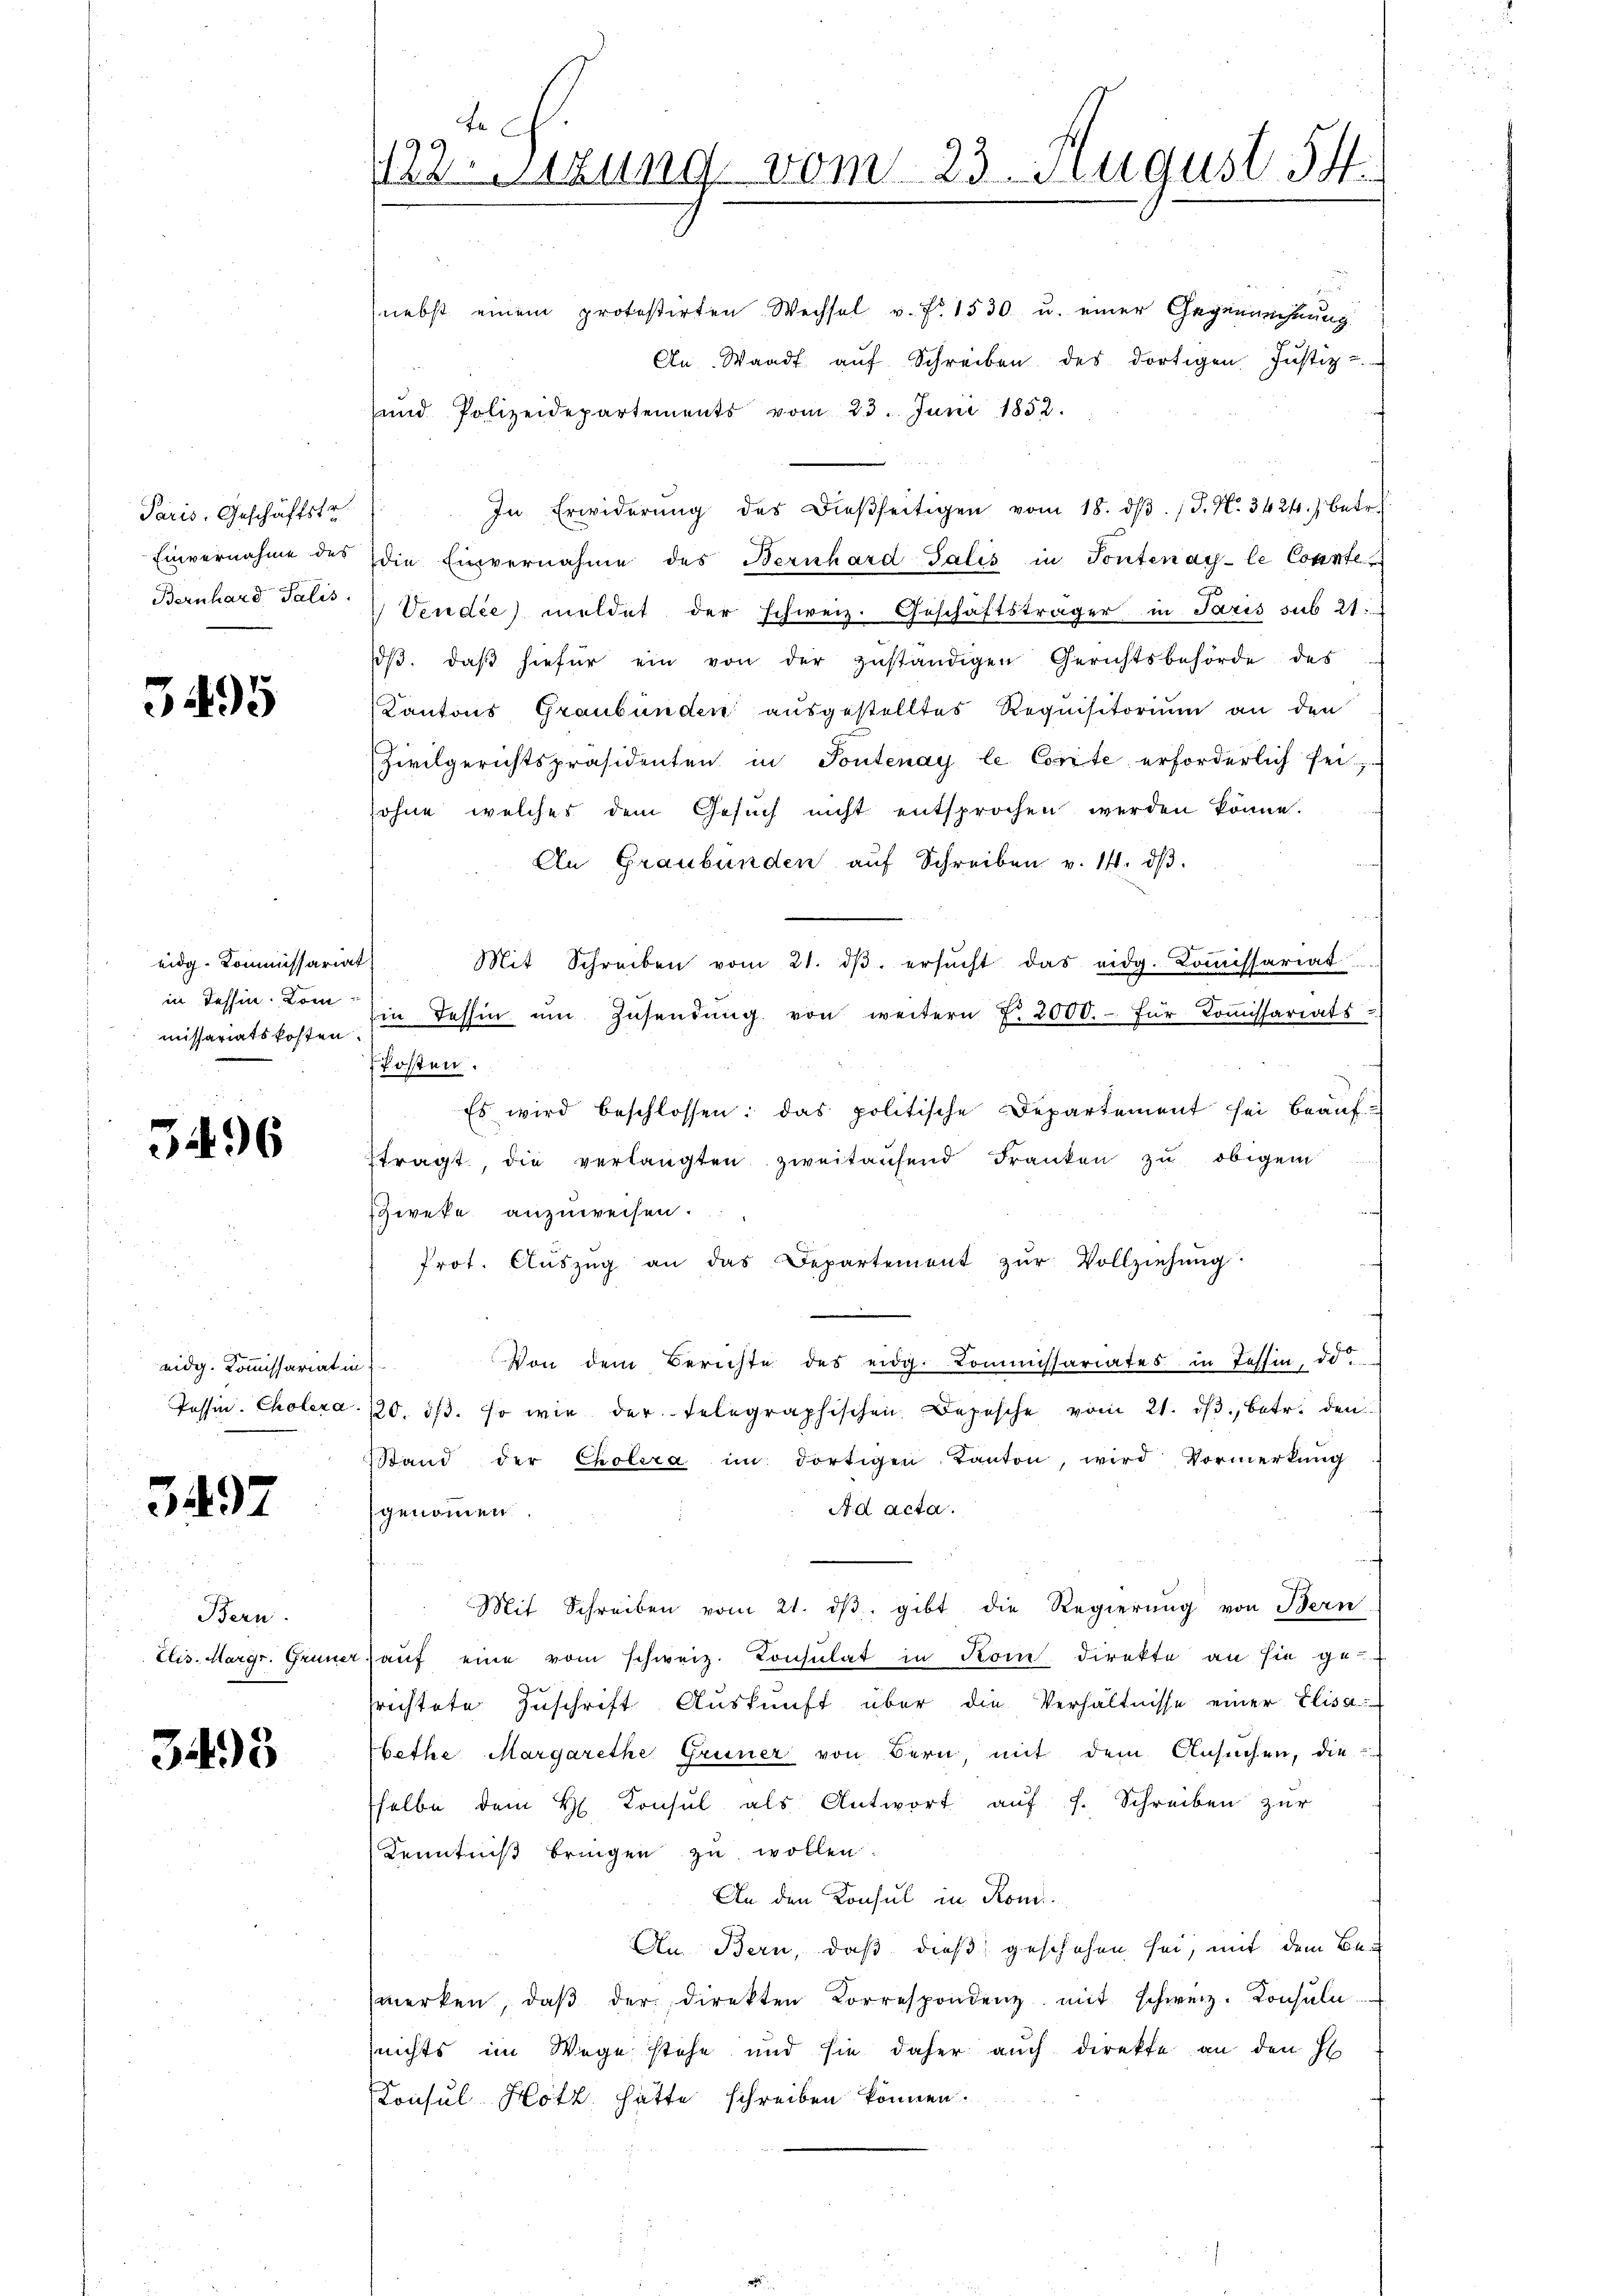
Paris, Geschäftstr

3495

eidg. Kommissariat
in Tessin. Dom
missariatskosten.

5496

eidg. Kommissariat in
Tessin, Cholera

3497

Bern.
Elis. Margr. Grüner

3493

e
122 sizung vom 23. August 14.

nebst einem protestirten Wechsel v. fr. 1530 u. einer Gegenrechnung
An Waadt auf Schreiben des dortigen Justiz-
und Polizeidepartements vom 23. Juni 1852.
In Erwiderŭng des dieβseitigen vom 18. dβ. J. N. 3424.) Betr.
Einvernahme des die Einvernahme des Bernhard-Salis in Sontenay-le Connte
Bernhard Talis   Vendie) meldet der schweiz. Geschäftsträger in Paris sub 21:
dβ. daβ hiefür ein von der zŭständigen Gerichtsbehörde des
Kantons Graubünden ausgestelltes Requisitorium an den
Zivilgerichtspräsidenten in Pontenay le Corte erforderlich fei
sohne welches dem Gesŭch nicht entsprochen werden könne.
An Graubünden aŭf Schreiben v. 14. dβ.
Mit Schreiben vom 21. dβ. ersŭcht das eidg. Koṁissariat
Ein Tessin ŭm Zŭsendŭng von weitern T. 2000.- für Koṁissariats-
kosten.
Es wird beschlossen: das politische Departement sei beaŭf-
tragt, die verlangten zweitausend Franken zu obigen
Zweke anzuweisen.
Prot. Aŭszŭg an das Departement zŭr Vollziehŭng
Von dem Berichte des eidg. Kommissariates in Tessin, d.
120. dβ. so wie der telegraphischen Depesche vom 21. dβ., betr. den
Stand der Cholera im dortigen Kanton, wird Vormerkung
A d acta.
genommen.
Mit Schreiben vom 21. dβ, gibt die Regierŭng von Bern
 aŭf eine vom schweiz. Consulat in Kom direkte an sie ge-
srichtete Zuschrift Auskunft über die Verhältnisse einer Elisa
bethe Margarethe Gruner von Bern, mit dem Ansuchen, die
helbe dem H. Consul als Antwort aŭf f. Schreiben zŭr
Kenntniß bringen zu wollen
An den Konsul in Kon¬
An Bern, daß dieß geschehen sei, mit dem Bemerken, daβ der direkten Korrespondenz mit schweiz. Konsula
(nichts im Wege stehe und sie daher auch direkte an den H
Konsul Hotz hätte schreiben können.